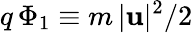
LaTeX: q\, \Phi_{1}\equiv m\, |{\mathbf u}|^{2}/2